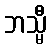
ဘသ္မီ